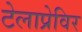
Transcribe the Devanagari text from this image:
टेलाप्रेविर